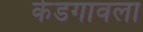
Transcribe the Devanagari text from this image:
केडगावला